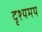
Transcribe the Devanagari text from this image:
दृश्यमय